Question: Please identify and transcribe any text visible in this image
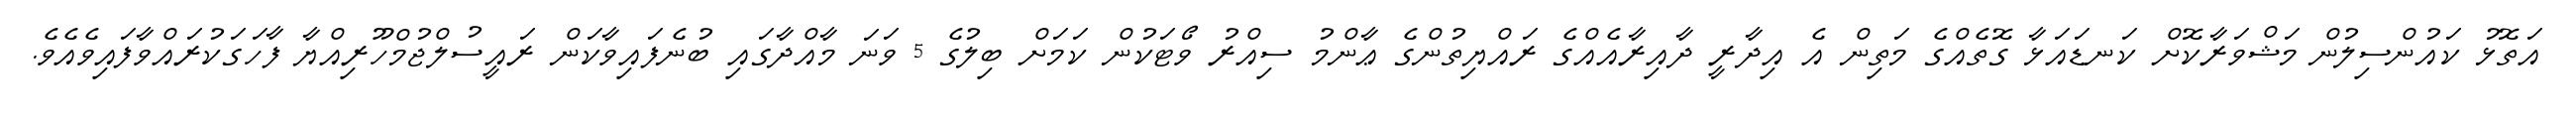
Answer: އަތޮޅު ކައުންސިލުން މަޝްވަރާކޮށް ކަނޑައަޅާ ގޮތެއްގެ މަތިން އެ އިދާރީ ދާއިރާއެއްގެ ރައްޔިތުންގެ ޢާންމު ސިއްރު ވޯޓަކުން ކަމަށް ބިލުގެ 5 ވަނަ މާއްދާގައި ބުނެފައިވާކަން ރައީސުލްޖުމްހޫރިއްޔާ ފާހަގަކުރައްވާފައިވެއެވެ.